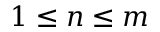
1 \leq n \leq m